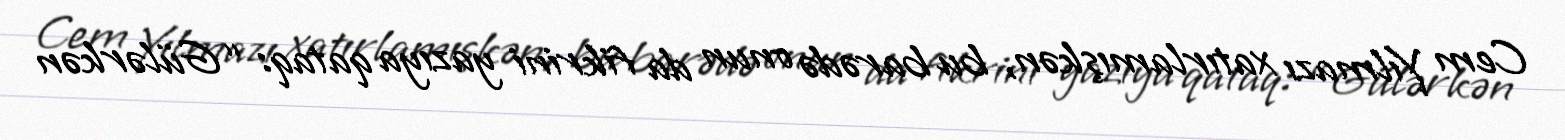
Cem Yılmazı xatırlamışkən, bu barədə onun da fikrini yazıya qataq: “Gülərkən